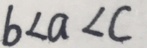
b < a < c